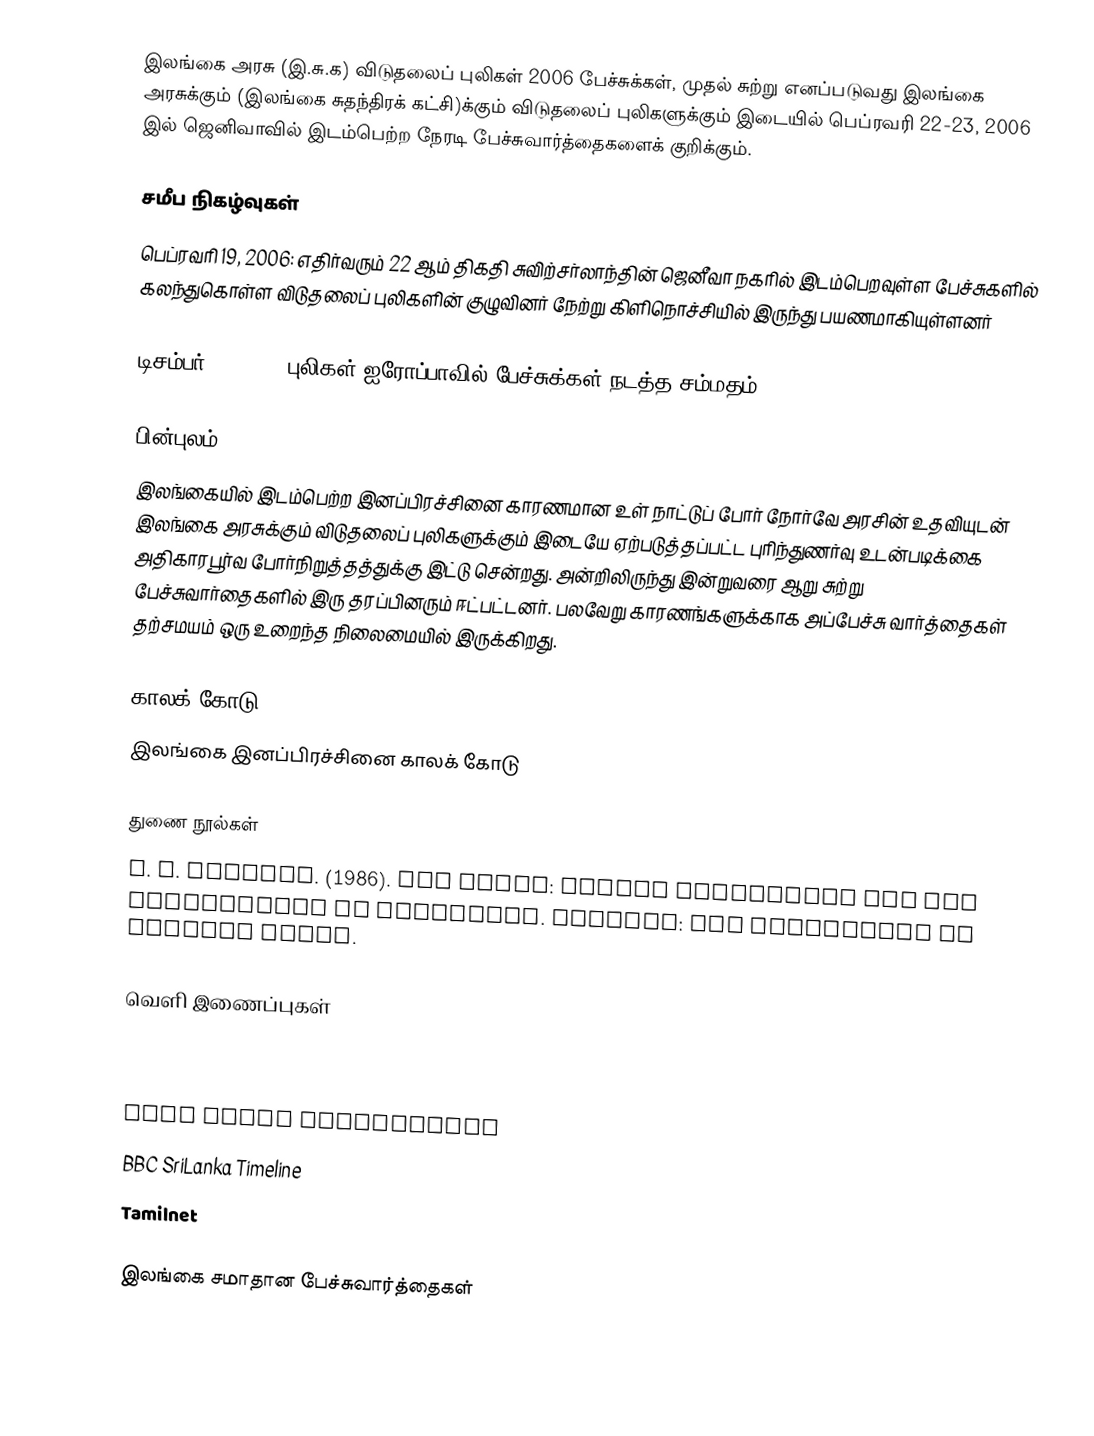
இலங்கை அரசு (இ.சு.க) விடுதலைப் புலிகள் 2006 பேச்சுக்கள், முதல் சுற்று எனப்படுவது இலங்கை அரசுக்கும் (இலங்கை சுதந்திரக் கட்சி)க்கும் விடுதலைப் புலிகளுக்கும் இடையில் பெப்ரவரி 22-23, 2006 இல் ஜெனிவாவில் இடம்பெற்ற நேரடி பேச்சுவார்த்தைகளைக் குறிக்கும்.

சமீப நிகழ்வுகள்
 பெப்ரவரி 19, 2006: எதிர்வரும் 22 ஆம் திகதி சுவிற்சர்லாந்தின் ஜெனீவா நகரில் இடம்பெறவுள்ள பேச்சுகளில் கலந்துகொள்ள விடுதலைப் புலிகளின் குழுவினர் நேற்று கிளிநொச்சியில் இருந்து பயணமாகியுள்ளனர்

 டிசம்பர் 17 2002:  புலிகள் ஐரோப்பாவில் பேச்சுக்கள் நடத்த சம்மதம்

பின்புலம்
இலங்கையில் இடம்பெற்ற இனப்பிரச்சினை காரணமான உள் நாட்டுப் போர் நோர்வே அரசின் உதவியுடன் இலங்கை அரசுக்கும் விடுதலைப் புலிகளுக்கும் இடையே ஏற்படுத்தப்பட்ட புரிந்துணர்வு உடன்படிக்கை அதிகாரபூர்வ போர்நிறுத்தத்துக்கு இட்டு சென்றது.  அன்றிலிருந்து இன்றுவரை ஆறு சுற்று பேச்சுவார்தைகளில் இரு தரப்பினரும் ஈட்பட்டனர்.  பலவேறு காரணங்களுக்காக அப்பேச்சு வார்த்தைகள் தற்சமயம் ஒரு உறைந்த நிலைமையில் இருக்கிறது.

காலக் கோடு
 இலங்கை இனப்பிரச்சினை காலக் கோடு

துணை நூல்கள்
 S. J. Tambiah. (1986). Sri Lanka: ethnic fratricide and the dismantling of democracy. Chicago: The University of Chicago Press.

வெளி இணைப்புகள்
 http://www.tamilnet.com/art.html?catid=13&artid=17260 Ceasefire Agreement is foundation of peace and must be implemented – Balasingham
 Secretariat for Coordinating the Peace Process (SCOPP)-GoSL
 LTTE Peace Secretariat
 BBC SriLanka Timeline
 Tamilnet

இலங்கை சமாதான பேச்சுவார்த்தைகள்